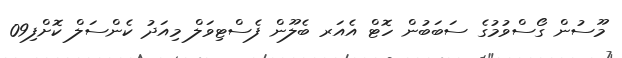
މޫސުން ގޯސްވުމުގެ ސަބަބުން ހޮޓް އެއަރ ބެލޫން ފެސްޓިވަލް މިއަދު ކެންސަލް ކޮށްފި09